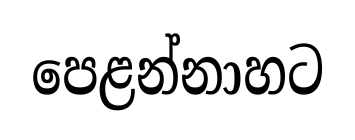
පෙළන්නාහට